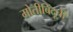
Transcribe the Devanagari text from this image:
मोतीबिंदूची